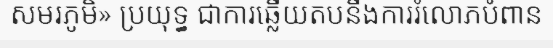
សមរភូមិ» ប្រយុទ្ធ ជាការឆ្លើយតបនឹងការរំលោភបំពាន